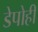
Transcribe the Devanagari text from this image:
डेपोही